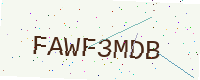
Text: FAWF3MDB